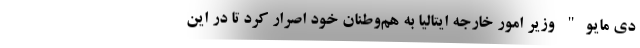
دی مایو" وزیر امور خارجه ایتالیا به هم‌وطنان خود اصرار کرد تا در این